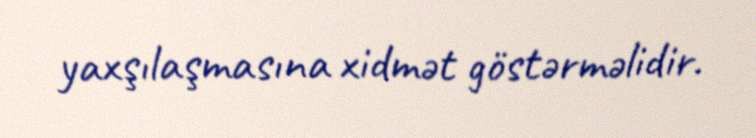
yaxşılaşmasına xidmət göstərməlidir.